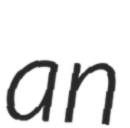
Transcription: an